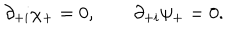
LaTeX: \partial _ { + i } \chi _ { + } = 0 , \qquad \partial _ { + i } \psi _ { + } = 0 .